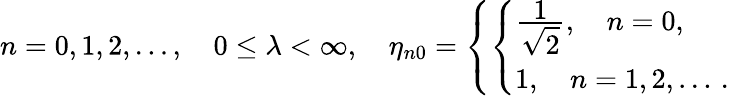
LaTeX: n=0,1,2,\ldots,\quad 0\leq\lambda<\infty,\quad\eta_{n0}=\left\{ \left\{ \begin{array}{ll}{{\frac{{\displaystyle 1}}{{\displaystyle\sqrt 2}},\quad n=0,}}\\ {{1,\quad n=1,2,\ldots\, .}}\end{array}\right.\right.